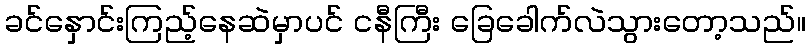
ခင်နှောင်းကြည့်နေဆဲမှာပင် ငနီကြီး ခြေခေါက်လဲသွားတော့သည်။